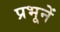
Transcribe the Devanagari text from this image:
प्रभूनें